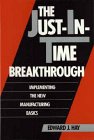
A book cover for Just In Time Manufacturing: How the JIT System Can Decrease Costs, Increase Productivity, and Enhance Quality; Edward J. Hay; Business & Money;